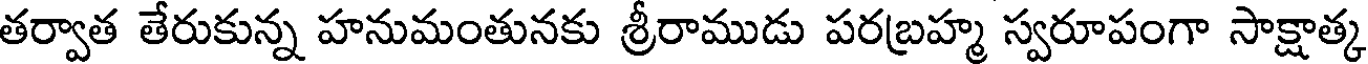
తర్వాత తేరుకున్న హనుమంతునకు శ్రీరాముడు పరబ్రహ్మ స్వరూపంగా సాక్షాత్క